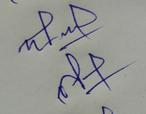
Signature authenticity: forged